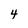
Character: 4